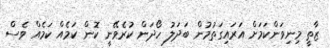
ޒާތީ މިނިވަންކަމަށް އަރައިގަތުމުން ބަދަލު ހޯދަން ކުރެވޭނީ ކޮން ކަމެއް ކަމެއް ވެސް